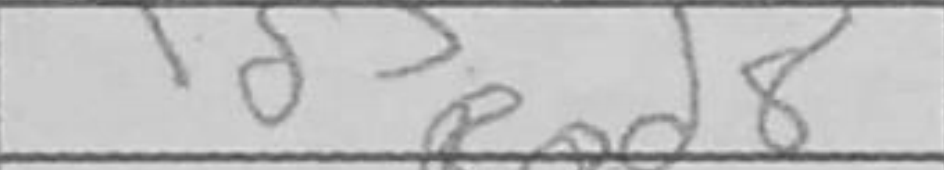
Transcription: Rad8